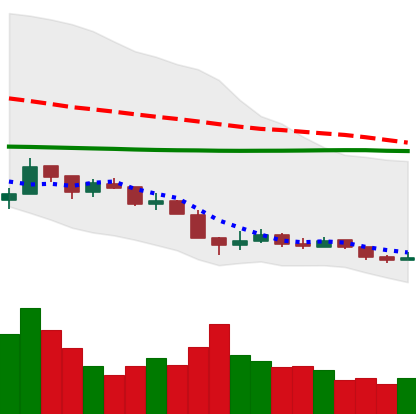
Ticker: XRP-USD
Chart end date: 2018-12-16
Forward return: 24.534%
Label: up_7plus